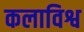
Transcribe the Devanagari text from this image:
कलाविश्व